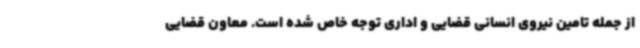
از جمله تامین نیروی انسانی قضایی و اداری توجه خاص شده است. معاون قضایی